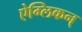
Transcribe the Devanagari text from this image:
ऐग्लिकन्